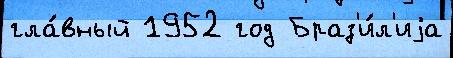
гла́вный 1952 год Браз'и́л'иjа